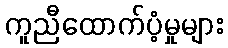
ကူညီထောက်ပံ့မှုများ